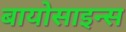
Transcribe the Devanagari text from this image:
बायोसाइन्स